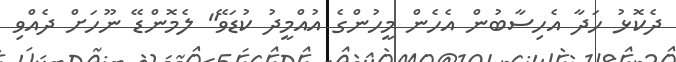
ދެކޮޅު ހަދާ އެހިސާބުން އެހެން މީހުންގެ އުއްމީދު ކުޑަވޭ" ލެމޮންޑޭ ނޫހަށް ދެއްވި